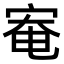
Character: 𫳑